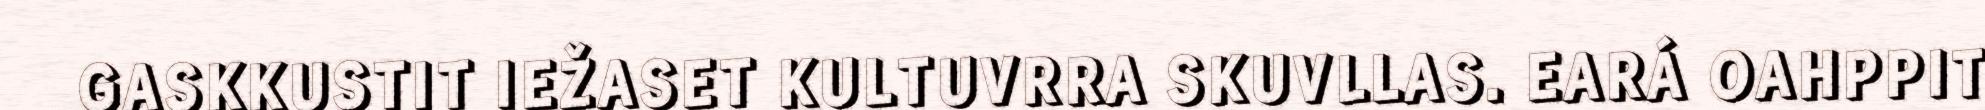
GASKKUSTIT IEŽASET KULTUVRRA SKUVLLAS. EARÁ OAHPPIT